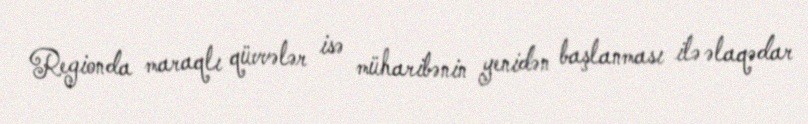
Regionda maraqlı qüvvələr isə müharibənin yenidən başlanması ilə əlaqədar